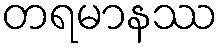
တရမာနဿ